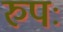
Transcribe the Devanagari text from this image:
रुपः